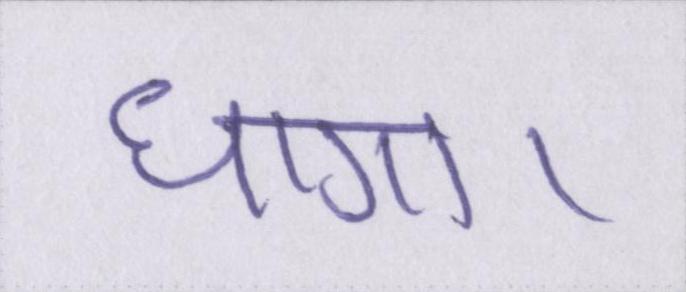
धागा।